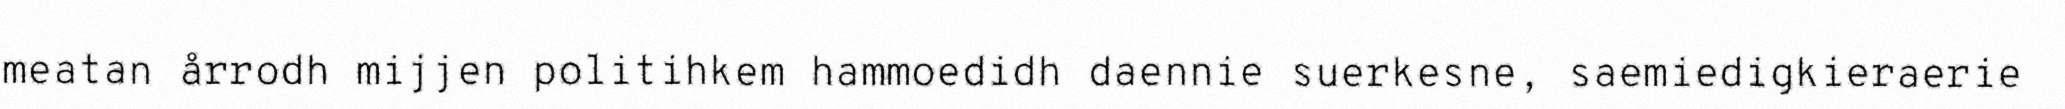
meatan årrodh mijjen politihkem hammoedidh daennie suerkesne, saemiedigkieraerie